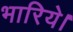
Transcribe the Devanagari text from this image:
भारिये।